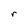
Character: r